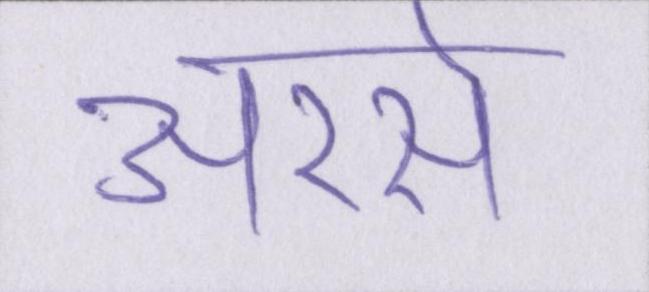
अरसे